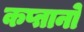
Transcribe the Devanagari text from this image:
कप्तानो